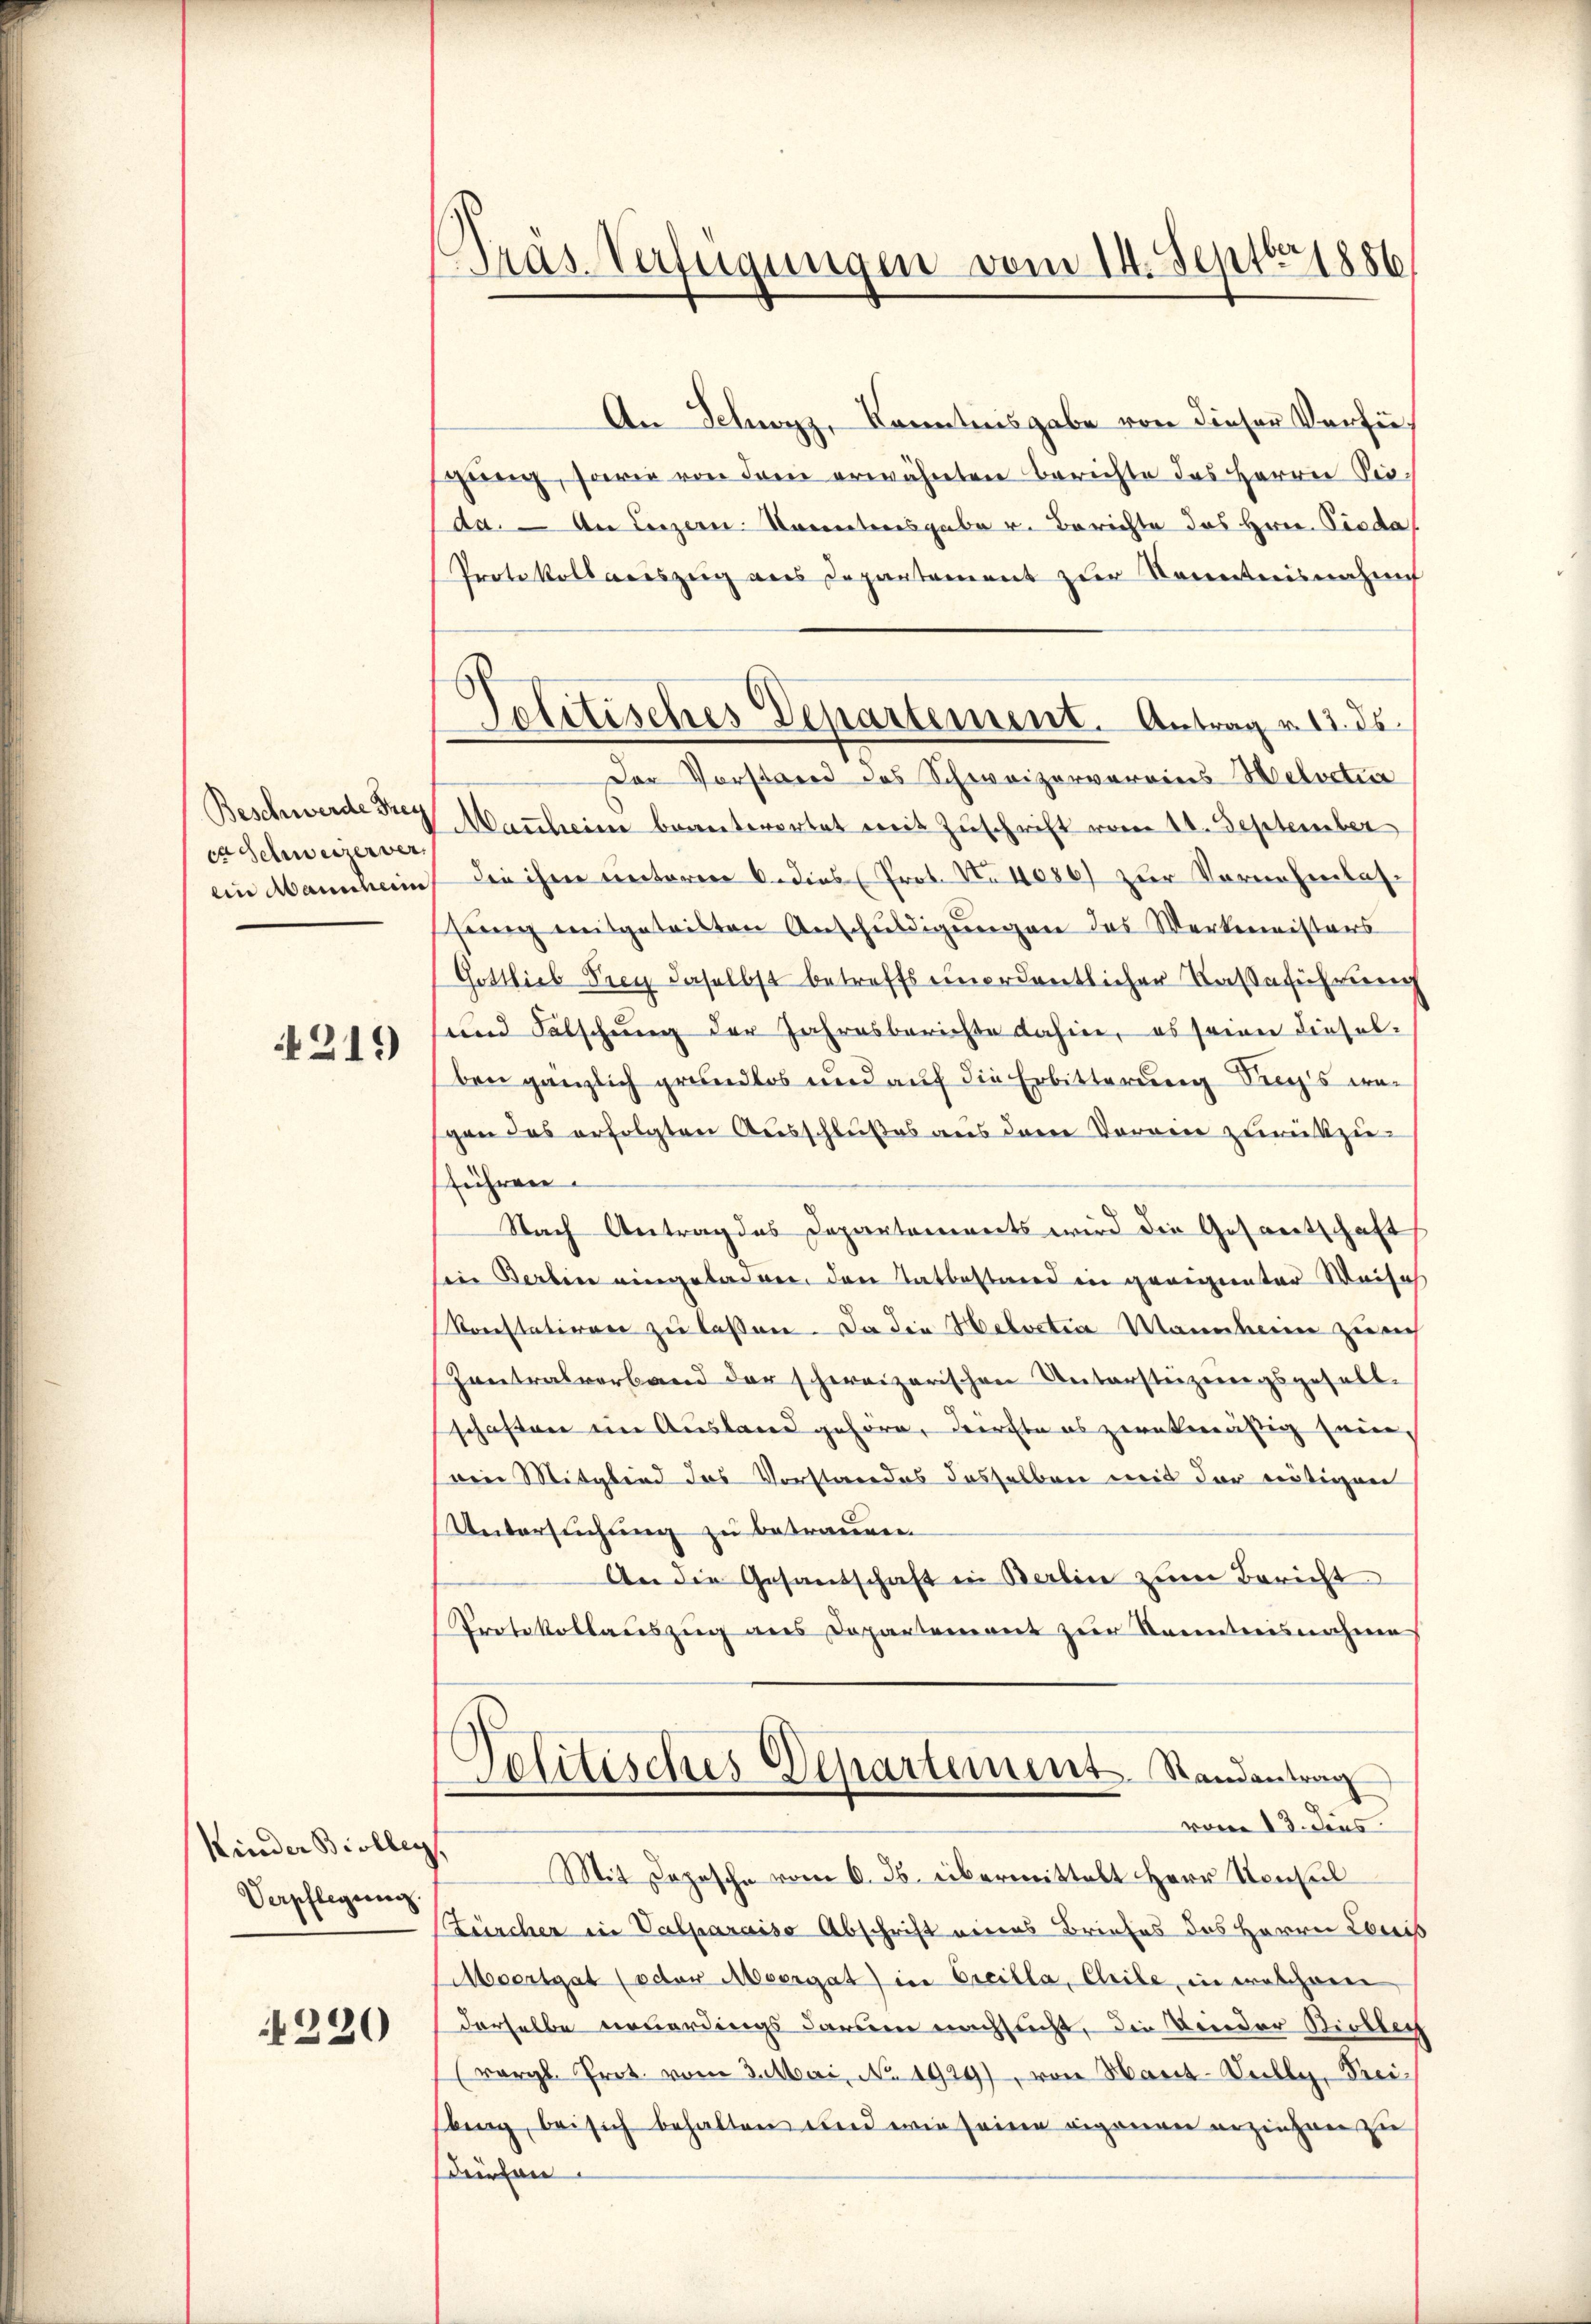
Beschwerde Frey
en Schweizer ver
ein Mannheim

4219

Kinder Biolleg,
Verpflegung.

4220

Präs. Verfügungen vom 14. Septbr 1886

An Schwyz, Kenntnisgabe von dieser Verfügung, sowie von dem erwähnten Berichte des Herrn Vicda. — An Luzern. Kometersgabe v. Berichte des Hrn. Verda
Protokollaceszeig aus Departement zur Kenntnisnahmef
Der Vorstand des Schweizervereins Helvetier
Mancheine beantwortet mit Zŭschrift vom 11. September
Die ihrer Rectoren 6. dies Prot. No 4086) zur Vornehmlasfung mitgeteilten Anschuldigungen das Werkmeisters
Gottlieb Drey daselbst betreffs unordentlicher Kaßeführung
und Fälschung der Jahresberichte dahin, es seine dieselben gänzlich grundlos und auf die Erbitterung Sich's wegen das erfolgten Ausschlußes aus dem Vorgen zurückzu-
sführen.
Nach Antrag des Departements wird die Gesantschaft
sein Serben eingeladen, den Tatbestand in geeignenter Weiseh
Korstatiren zu lassen. Da die Helvetia Mannheim zu rich
Zentralverband der schweizerischen Unterstüzungsgesell-
schaften im Ausland gehöre, dürfte es zurükmäßig sein,
von Mitglied des Vorstandes dasselben mit der nötigen
Untersuchung zu betrauen
An die Gesandschaft in Berlin zum Bericht
Protokollaŭszŭg ans Departement zŭr Sonntnisnahme
Politisches Departement. Randantrag
vom 13. dies
Mit Depesche vom 6. ds. übermittelt Herr Konsul
Zürcher in Valparaiso Abschrift eines Briefes des Herrn Comis
Meertgat (oder Meergat) in Creilla, Chile, in welchem
derselbe neuerdings darum nachsucht, die Kinder Biollech
(vergl. Prot. vom 3. Mai, No. 1929) von Hart-Vully, Prei-
bing, bei sich behalten und wie seine eigenen erziehen zu
dürfen.

Politisches Departement. Antrag v. 12. ds.